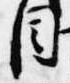
目